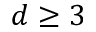
d \ge 3